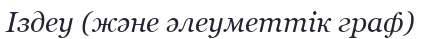
Іздеу (және әлеуметтік граф)